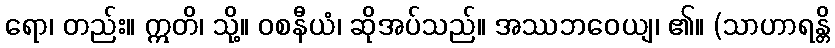
ရော၊ တည်း။ ဣတိ၊ သို့။ ဝစနီယံ၊ ဆိုအပ်သည်။ အဿဘဝေယျ၊ ၏။ (သာဟာရန္တိ